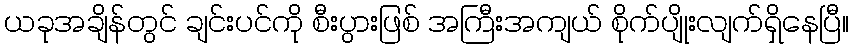
ယခုအချိန်တွင် ချင်းပင်ကို စီးပွားဖြစ် အကြီးအကျယ် စိုက်ပျိုးလျက်ရှိနေပြီ။